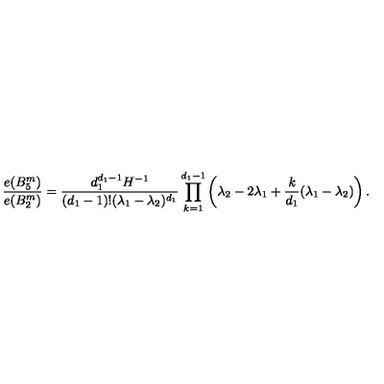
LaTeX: { \frac { e ( B _ { 5 } ^ { m } ) } { e ( B _ { 2 } ^ { m } ) } } = { \frac { d _ { 1 } ^ { d _ { 1 } - 1 } H ^ { - 1 } } { ( d _ { 1 } - 1 ) ! ( \lambda _ { 1 } - \lambda _ { 2 } ) ^ { d _ { 1 } } } } \prod _ { k = 1 } ^ { d _ { 1 } - 1 } \left( \lambda _ { 2 } - 2 \lambda _ { 1 } + { \frac { k } { d _ { 1 } } } ( \lambda _ { 1 } - \lambda _ { 2 } ) \right) .